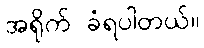
အရိုက် ခံရပါတယ်။